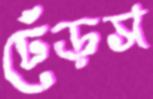
ঢেঁড়স